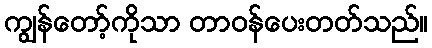
ကျွန်တော့်ကိုသာ တာဝန်ပေးတတ်သည်။